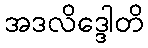
အဒလိဒ္ဒေါတိ